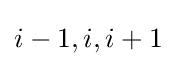
i-1,i,i+1